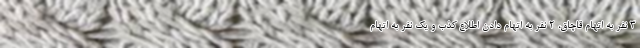
۳ نفر به اتهام قاچاق، ۲ نفر به اتهام دادن اطلاع کذب و یک نفر به اتهام